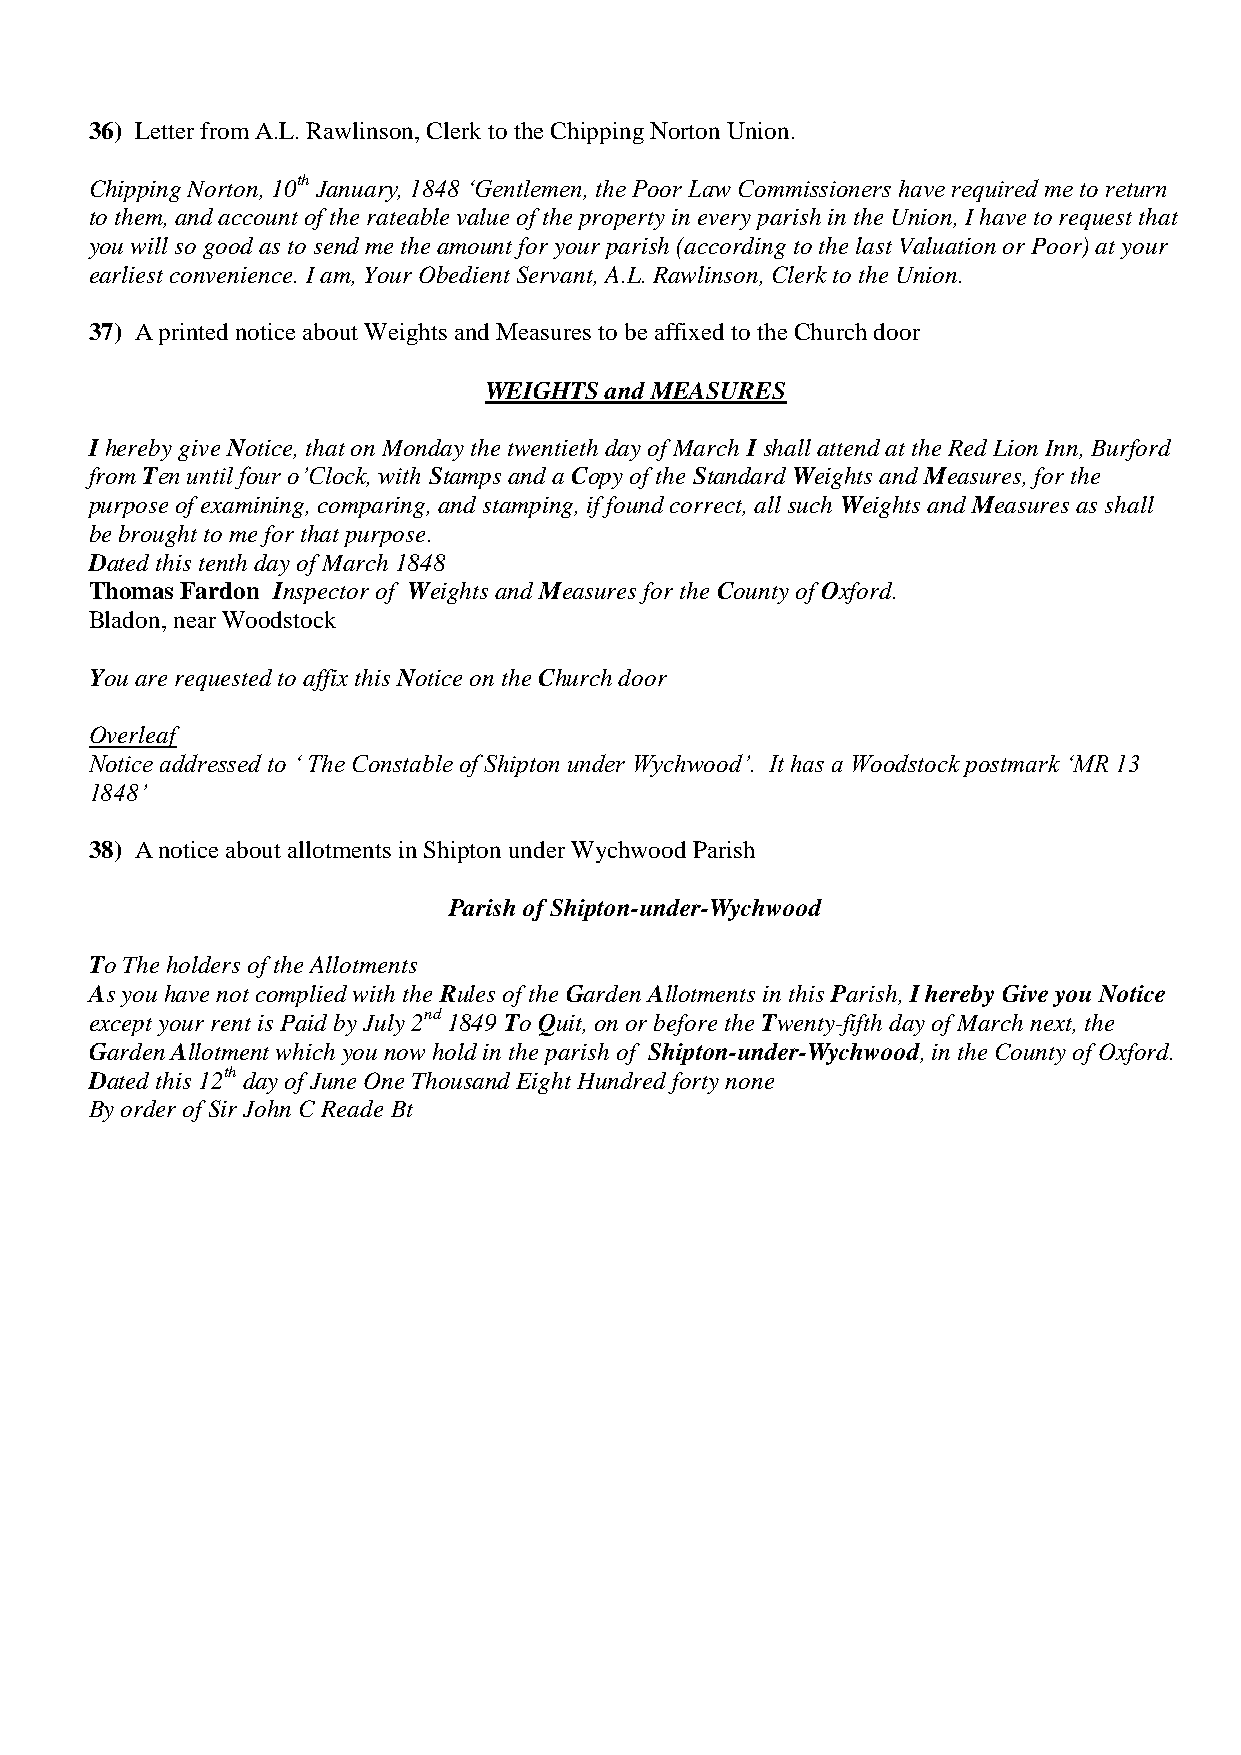
36) Letter from A.L. Rawlinson, Clerk to the Chipping Norton Union.
 Chipping Norton, 10th January, 1848 ‘Gentlemen, the Poor Law Commissioners have required me to return
 to them, and account of the rateable value of the property in every parish in the Union, I have to request that
 you will so good as to send me the amount for your parish (according to the last Valuation or Poor) at your
 earliest convenience. I am, Your Obedient Servant, A.L. Rawlinson, Clerk to the Union.
 37) A printed notice about Weights and Measures to be affixed to the Church door
 WEIGHTS and MEASURES
 I hereby give Notice, that on Monday the twentieth day of March I shall attend at the Red Lion Inn, Burford
 from Ten until four o’Clock, with Stamps and a Copy of the Standard Weights and Measures, for the
 purpose of examining, comparing, and stamping, if found correct, all such Weights and Measures as shall
 be brought to me for that purpose.
 Dated this tenth day of March 1848
 Thomas Fardon Inspector of Weights and Measures for the County of Oxford.
 Bladon, near Woodstock
 You are requested to affix this Notice on the Church door
 Overleaf
 Notice addressed to ‘ The Constable of Shipton under Wychwood’. It has a Woodstock postmark ‘MR 13
 1848’
 38) A notice about allotments in Shipton under Wychwood Parish
 Parish of Shipton-under-Wychwood
 To The holders of the Allotments
 As you have not complied with the Rules of the Garden Allotments in this Parish, I hereby Give you Notice
 except your rent is Paid by July 2nd 1849 To Quit, on or before the Twenty-fifth day of March next, the
 Garden Allotment which you now hold in the parish of Shipton-under-Wychwood, in the County of Oxford.
 Dated this 12th day of June One Thousand Eight Hundred forty none
 By order of Sir John C Reade Bt